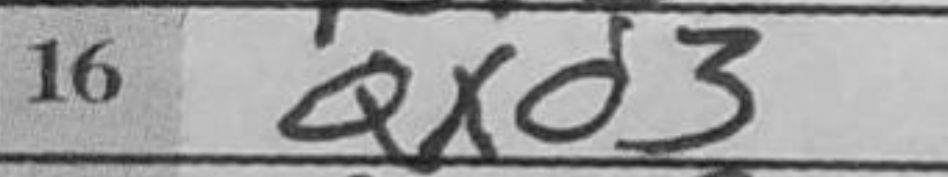
Transcription: Qxd3